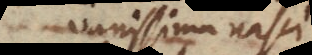
vanissima nasci